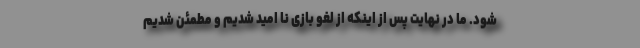
شود. ما در نهایت پس از اینکه از لغو بازی نا امید شدیم و مطمئن شدیم